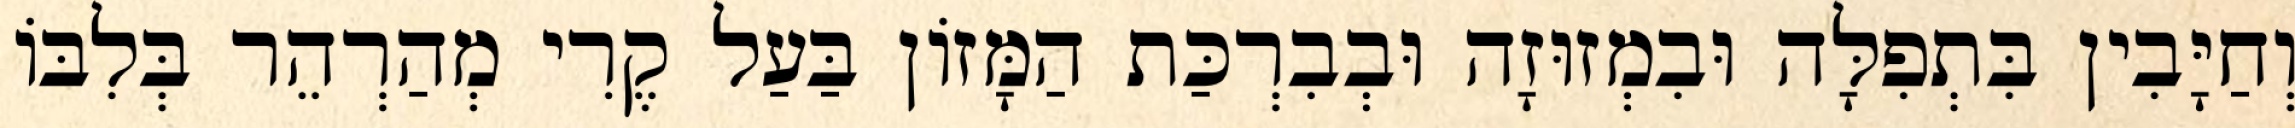
וְחַיָּבִין בִּתְפִלָּה וּבִמְזוּזָה וּבְבִרְכַּת הַמָּזוֹן בַּעַל קֶרִי מְהַרְהֵר בְּלִבּוֹ